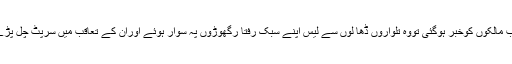
جب مالکوں کوخبر ہوگئی تووہ تلواروں ڈھا لوں سے لیس اپنے سبک رفتا رگھوڑوں پہ سوار ہوئے اوران کے تعاقب میں سرپٹ چل پڑے ۔